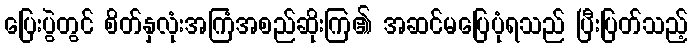
ပြေးပွဲတွင် စိတ်နှလုံးအကြံအစည်ဆိုးကြ၏ အဆင်မပြေပုံရသည် ပြီးပြတ်သည့်